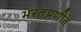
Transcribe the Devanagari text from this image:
भरतप्रणीत